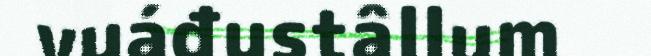
vuáđustâllum